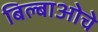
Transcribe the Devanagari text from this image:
बिल्बाओचे